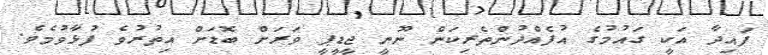
ފައިދާ އަކީ ގައުމުގެ އުފެއްދުންތެރިކަން ނޫނީ ޖީޑީޕީ ވަރަށް ބޮޑަށް އިތުރުވެ ފުޅާވުމެވެ.